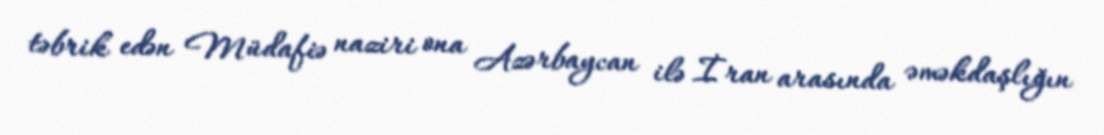
təbrik edən Müdafiə naziri ona Azərbaycan ilə İran arasında əməkdaşlığın